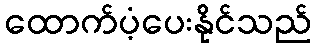
ထောက်ပံ့ပေးနိုင်သည်